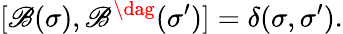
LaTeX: [\mathscr{B}(\sigma),\mathscr{B}^{\dag}(\sigma^{\prime})]=\delta(\sigma,\sigma^{\prime}).